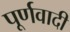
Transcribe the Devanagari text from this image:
पूर्णवादी